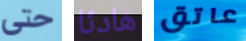
حتى هادئا عاتق